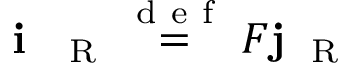
\textbf { i } _ { \mathrm { ~ \tiny ~ R ~ } } \overset { \mathrm { ~ d ~ e ~ f ~ } } { = } F { \bf j } _ { \mathrm { ~ \tiny ~ R ~ } }